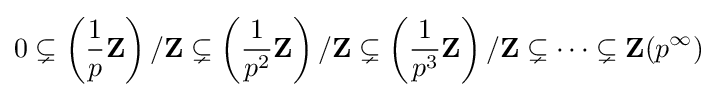
0\subsetneq \left({1 \over p}\mathbf {Z} \right)/\mathbf {Z} \subsetneq \left({1 \over p^{2}}\mathbf {Z} \right)/\mathbf {Z} \subsetneq \left({1 \over p^{3}}\mathbf {Z} \right)/\mathbf {Z} \subsetneq \cdots \subsetneq \mathbf {Z} (p^{\infty })